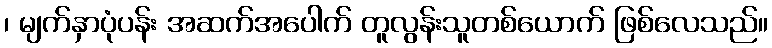
၊ မျက်နှာပုံပန်း အဆက်အပေါက် တူလွန်းသူတစ်ယောက် ဖြစ်လေသည်။